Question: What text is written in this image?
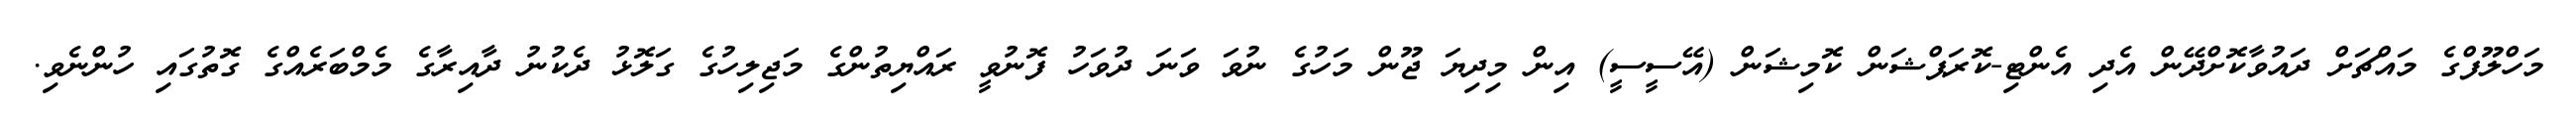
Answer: މަހްލޫފްގެ މައްޗަށް ދައުވާކޮށްދޭން އެދި އެންޓި-ކޮރަޕްޝަން ކޮމިޝަން (އޭސީސީ) އިން މިދިޔަ ޖޫން މަހުގެ ނުވަ ވަނަ ދުވަހު ފޮނުވީ ރައްޔިތުންގެ މަޖިލިހުގެ ގަލޮޅު ދެކުނު ދާއިރާގެ މެމްބަރެއްގެ ގޮތުގައި ހުންނެވި.